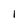
Character: I